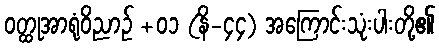
ဝတ္ထုအာရုံဝိညာဉ် +၀၁ (နိ-၄၄) အကြောင်းသုံးပါးတို့၏